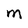
Character: M